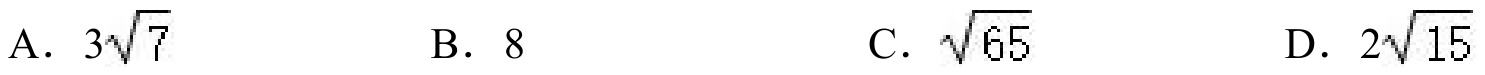
A. \(3\sqrt{7}\)  B. \(8\)  C. \(\sqrt{65}\)  D. \(2\sqrt{15}\)